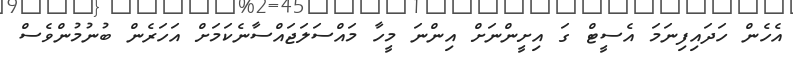
އެހެން ހަދައިފިނަމަ އެސީޓް ގަ އިށީންނަށް އިންނަ މީހާ މައްސަލަޖައްސާނެކަމަށް އަހަރެން ބުނުމުންވެސް